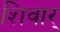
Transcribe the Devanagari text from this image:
शिवार्